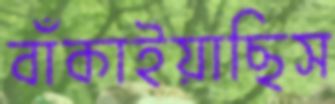
বাঁকাইয়াছিস